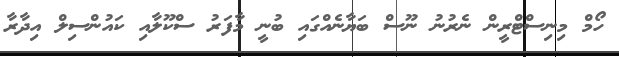
ހޯމް މިނިސްޓްރީން ނެރުނު ނޫސް ބަޔާނެއްގައި ބުނީ މާފަރު ސްކޫލާއި ކައުންސިލް އިދާރާ